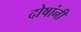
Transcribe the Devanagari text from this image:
दोषांनी